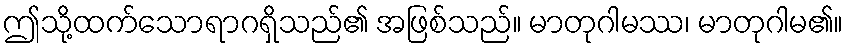
ဤသို့ထက်သောရာဂရှိသည်၏ အဖြစ်သည်။ မာတုဂါမဿ၊ မာတုဂါမ၏။